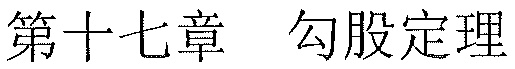
第十七章  勾股定理